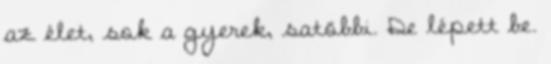
az élet, sok a gyerek, satöbbi. De lépett be.